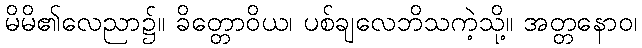
မိမိ၏လေညာ၌။ ခိတ္တောဝိယ၊ ပစ်ချလေဘိသကဲ့သို့။ အတ္တနောဝ၊